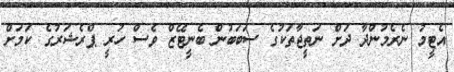
އެޓީމު ނެރެމުންދާ ދަށް ނަތީޖާތަކުގެ ސަބަބުން ބެނީޓޭޒް ވެސް ހުރީ ޕްރެޝަރުގެ ކަމަށް